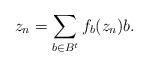
LaTeX: \begin{align*} z_n = \sum_{b \in B^t} f_b(z_n) b. \end{align*}